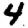
Digit: 4